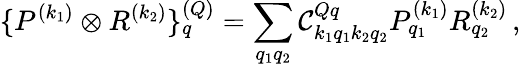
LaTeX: \{ P^{(k_{1})}\otimes{R^{(k_{2})}}\} _{q}^{(Q)}=\sum_{q_{1}q_{2}}\mathcal{C}_{k_{1}q_{1}k_{2}q_{2}}^{Qq}P_{q_{1}}^{(k_{1})}R_{q_{2}}^{(k_{2})}\, ,